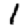
Digit: 1